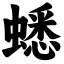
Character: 蟋